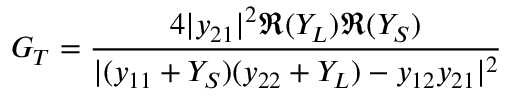
G _ { T } = { \frac { 4 | y _ { 2 1 } | ^ { 2 } \Re { ( Y _ { L } ) } \Re { ( Y _ { S } ) } } { | ( y _ { 1 1 } + Y _ { S } ) ( y _ { 2 2 } + Y _ { L } ) - y _ { 1 2 } y _ { 2 1 } | ^ { 2 } } }